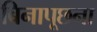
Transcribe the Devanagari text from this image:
बिनापूछना